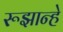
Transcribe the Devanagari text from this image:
रूझान्हे